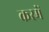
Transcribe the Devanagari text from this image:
करमें